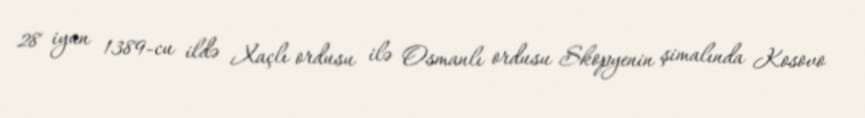
28 iyun 1389-cu ildə Xaçlı ordusu ilə Osmanlı ordusu Skopyenin şimalında Kosovo